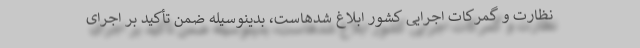
نظارت و گمرکات اجرایی کشور ابلاغ شدهاست، بدینوسیله ضمن تأکید بر اجرای